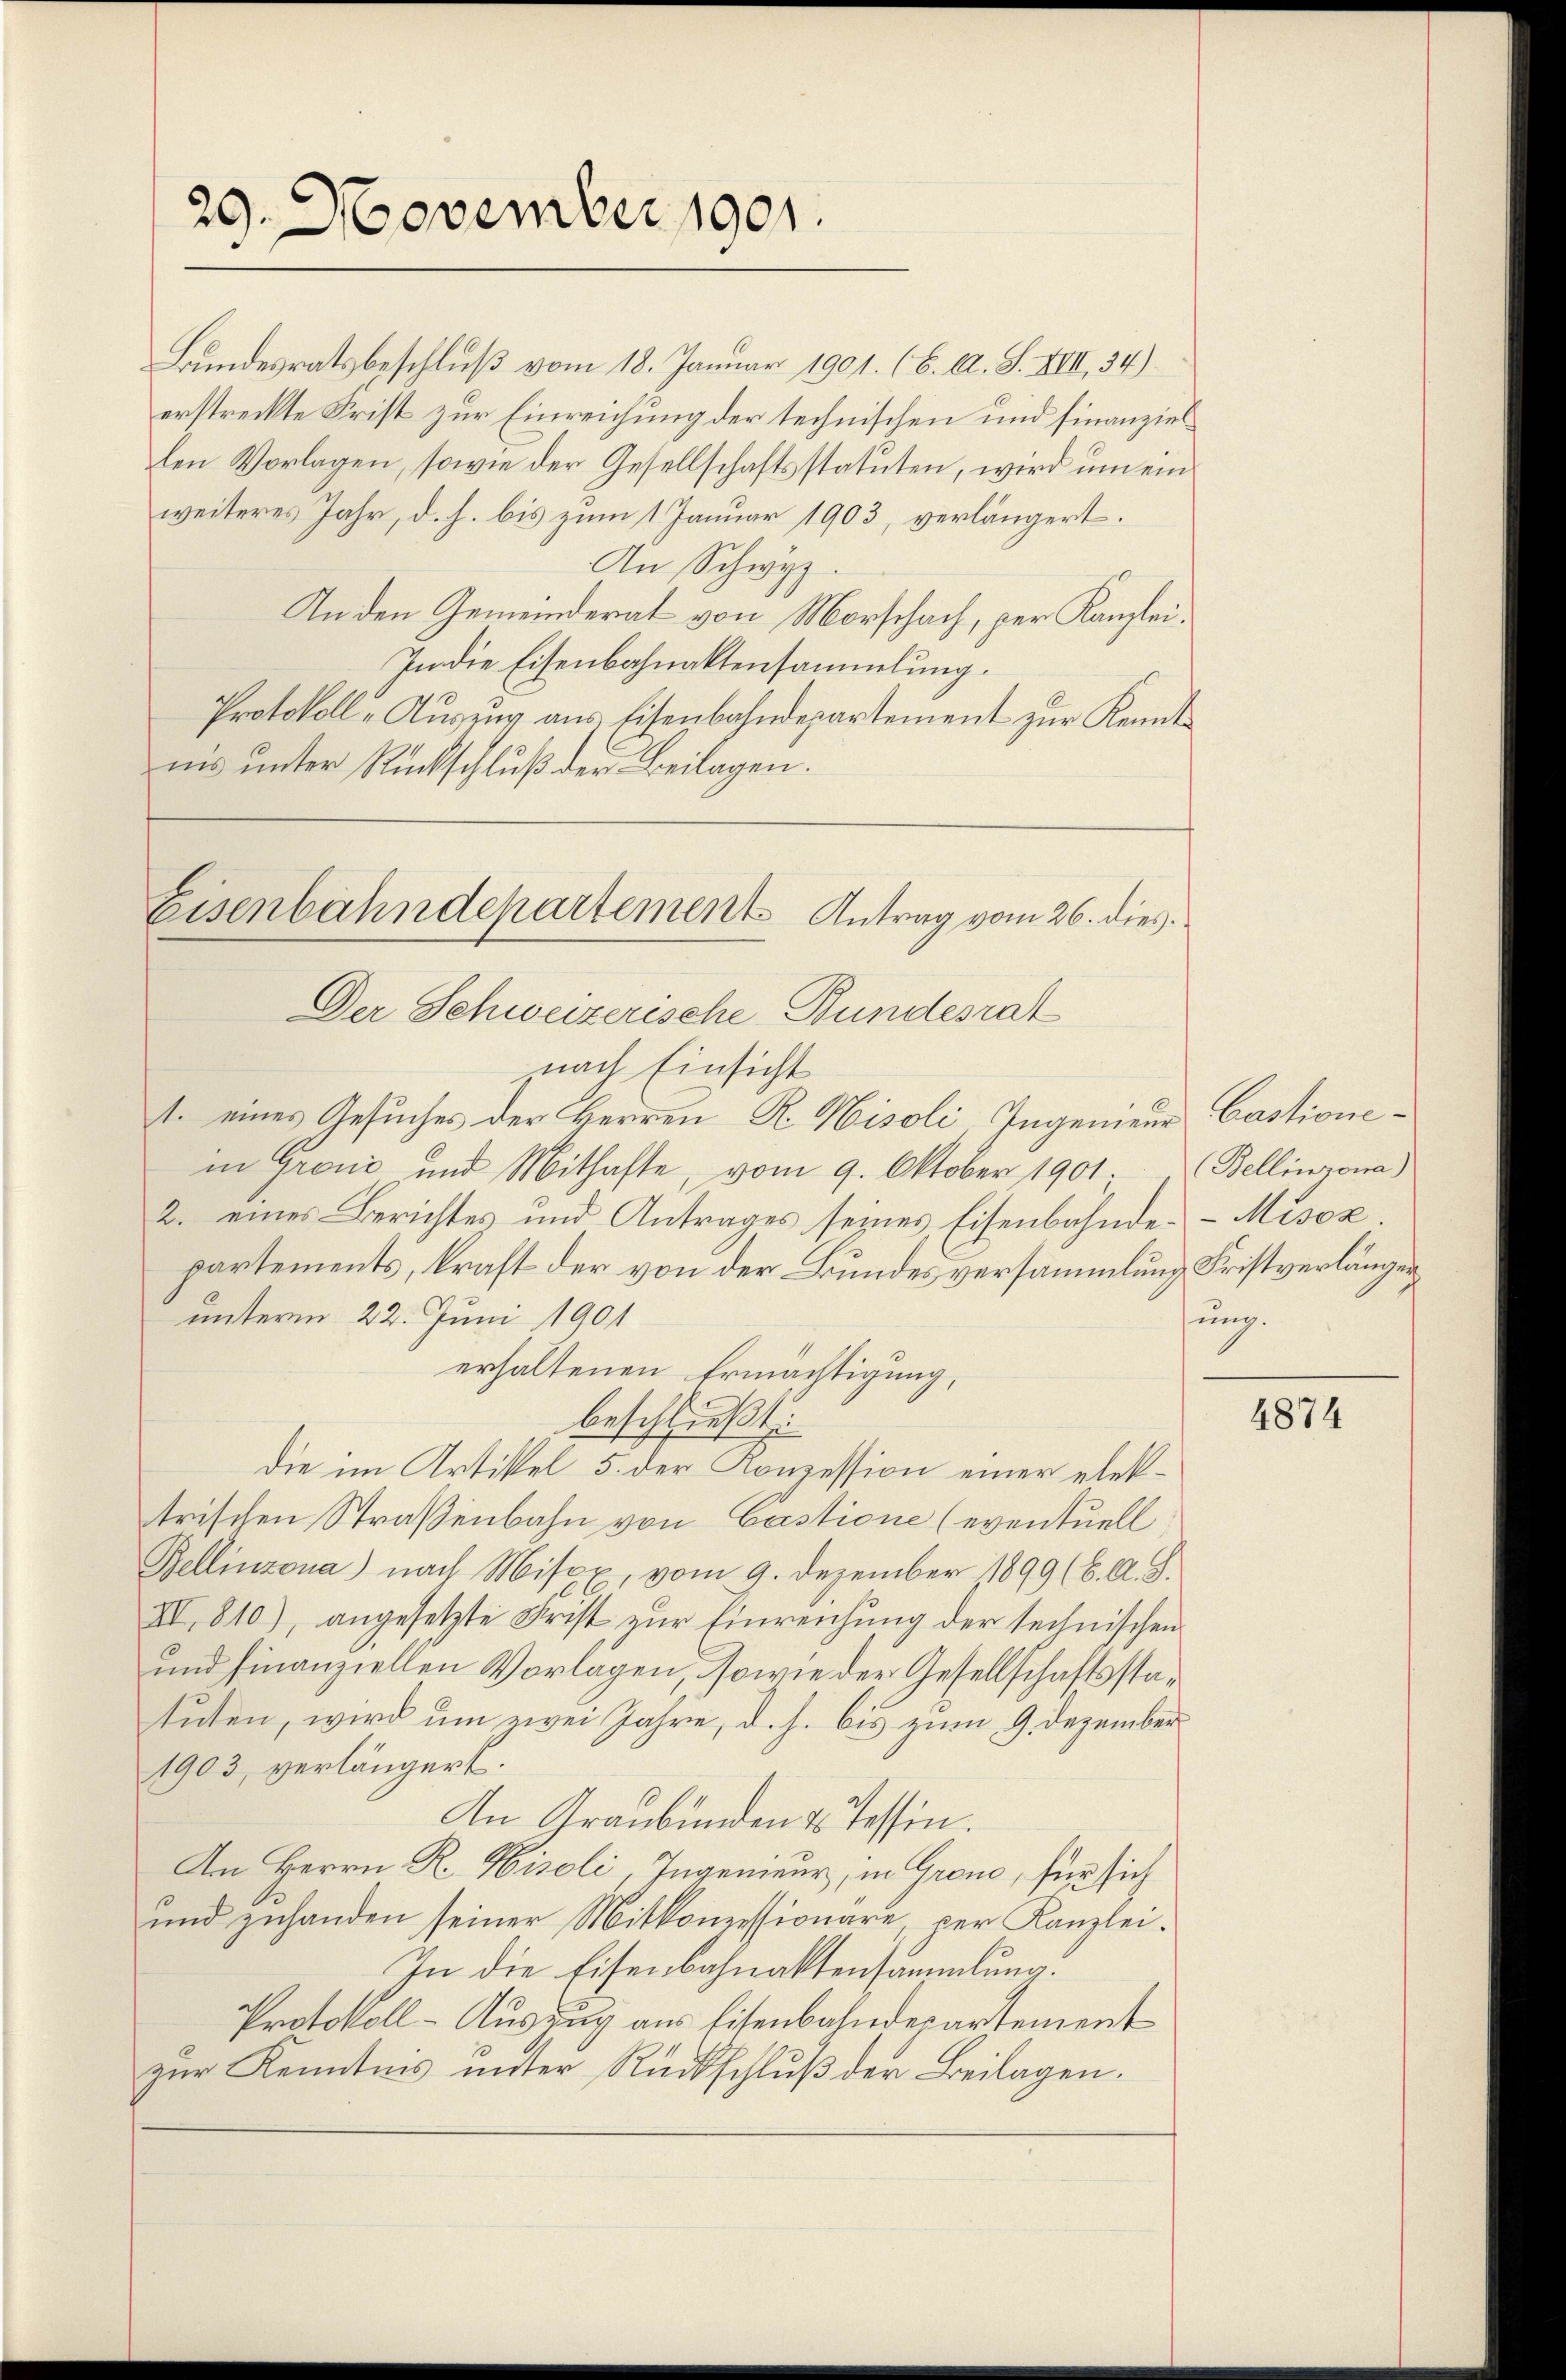
29. November 1901.

Der Schweizerische-Bundesrat

Bundesratsbeschluß vom 18. Januar 1901. (B. A. S. XIII 34)
erstreckte Frist zur Einreichung der technischen und Finanziellen Vorlagen, sowie der Gesellschaftsstatuten, wird um einweiteres Jahr, d. h. bis zum 1 Januar 1903, verlängert.
An Schwyz.
An den Gemeinderat von Morschach, per Kanzlei¬
In die Eisenbahnaktensammlung.
Protokoll „Auszug aus Eisenbahndepartement zur Kenntnis unter Rückschluß der Beilagen.
Eisenbahndepartement Antrag vom 26. dies

nach Einsicht
1. eines Gesuches der Herren R. Hisoli-Ingenieur
in Grović und Mithafte, vom 9. Oktober 1901. (Bellinzona)
2. eines Berichtes und Antrages seines Eisenbahndepartements, kraft der von der Bundesversammlung Fristverlänger
unterm 22. Juni 1901
erhaltenen Ermächtigung,
beschließt
die im Artikel 5. der Konzession einer elektrischen Straßenbahn von Castione (eventuell
Bellinzona nach Misox, vom 9. Dezember 1899 (6. A. S.
III. 810), angesetzte Frist zur Einreichung der technischen
und finanziellen Vorlagen, sowie der Gesellschaftsstatuten, wird um zwei Jahre, d. h. bis zum 9. Dezember
1903, verlängert.
An Graubünden & Tessin.
An Herrn R. Hiseli, Ingenieur, in Gron, für sich
und zuhanden seiner Mitkonzessionäre, per Kanzlei.
In die Eisenbahnaktensammlung.
Protokoll-Auszug aus Eisenbahndepartement
zur Kenntnis unter Rückschluß der Beilagen.

Castione
Misoz
ung.

4874